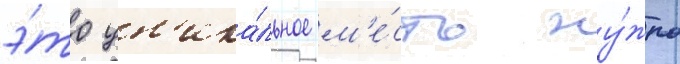
э́то ун'ика́льное м'е́сто ну́жно